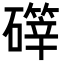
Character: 𪿺